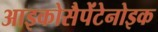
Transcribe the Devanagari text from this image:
आइकोसैपेंटेनोइक